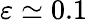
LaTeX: \varepsilon\simeq 0.1